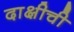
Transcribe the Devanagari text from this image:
दाक्षीची